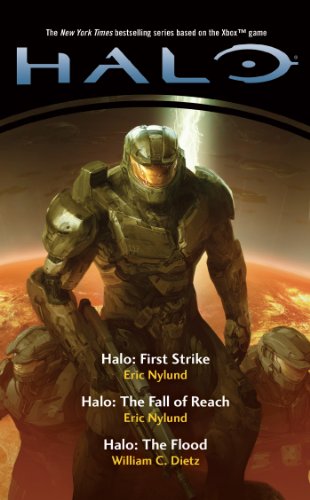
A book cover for Halo Boxed Set II; Various Various Authors; Literature & Fiction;